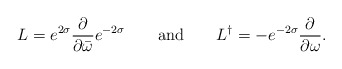
\begin{align*} L = e^{2\sigma} \frac{\partial}{\partial \bar\omega} e^{-2\sigma} \qquad \mbox{and} \qquad L^{\dag} = - e^{-2\sigma} \frac{\partial}{\partial \omega}.\end{align*}